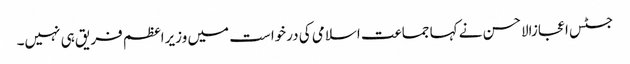
جسٹس اعجازالاحسن نے کہا جماعت اسلامی کی درخواست میں وزیراعظم فریق ہی نہیں۔